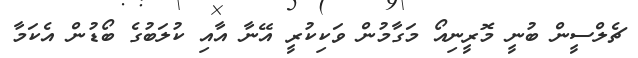
ޗެލްސީން ބުނީ މޮރީނިއޯ މަގާމުން ވަކިކުރީ އޭނާ އާއި ކުލަބުގެ ބޯޑުން އެކަމާ